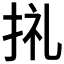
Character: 𢬦